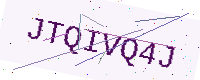
Text: JTQIVQ4J